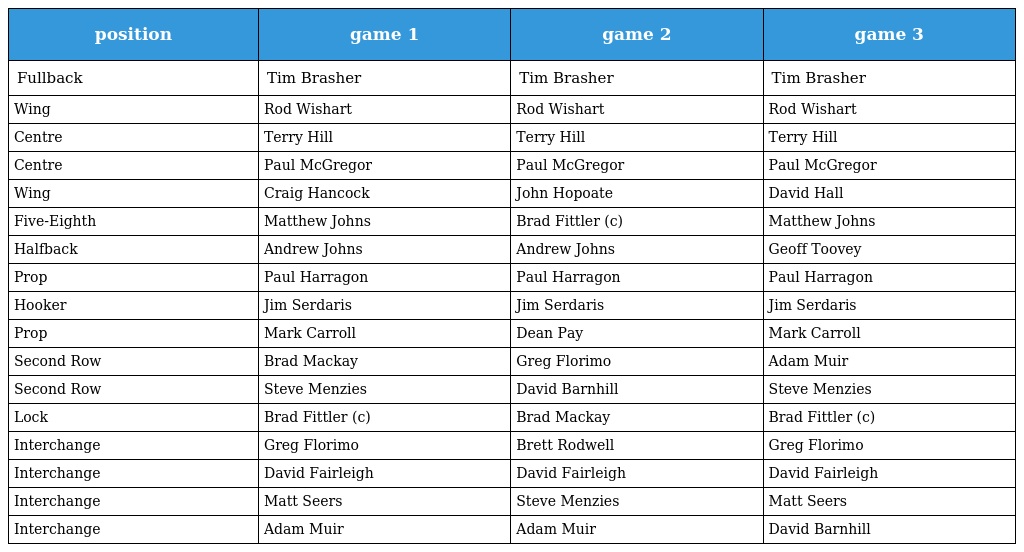
| position | game 1 | game 2 | game 3 |
 | --- | --- | --- | --- |
 | Fullback | Tim Brasher | Tim Brasher | Tim Brasher |
 | Wing | Rod Wishart | Rod Wishart | Rod Wishart |
 | Centre | Terry Hill | Terry Hill | Terry Hill |
 | Centre | Paul McGregor | Paul McGregor | Paul McGregor |
 | Wing | Craig Hancock | John Hopoate | David Hall |
 | Five-Eighth | Matthew Johns | Brad Fittler (c) | Matthew Johns |
 | Halfback | Andrew Johns | Andrew Johns | Geoff Toovey |
 | Prop | Paul Harragon | Paul Harragon | Paul Harragon |
 | Hooker | Jim Serdaris | Jim Serdaris | Jim Serdaris |
 | Prop | Mark Carroll | Dean Pay | Mark Carroll |
 | Second Row | Brad Mackay | Greg Florimo | Adam Muir |
 | Second Row | Steve Menzies | David Barnhill | Steve Menzies |
 | Lock | Brad Fittler (c) | Brad Mackay | Brad Fittler (c) |
 | Interchange | Greg Florimo | Brett Rodwell | Greg Florimo |
 | Interchange | David Fairleigh | David Fairleigh | David Fairleigh |
 | Interchange | Matt Seers | Steve Menzies | Matt Seers |
 | Interchange | Adam Muir | Adam Muir | David Barnhill |